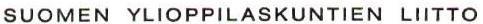
SUOMEN YLIOPPILASKUNTIEN LIITTO